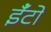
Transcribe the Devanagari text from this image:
ईँटो